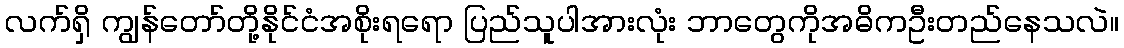
လက်ရှိ ကျွန်တော်တို့နိုင်ငံအစိုးရရော ပြည်သူပါအားလုံး ဘာတွေကိုအဓိကဦးတည်နေသလဲ။